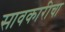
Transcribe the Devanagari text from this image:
सावकारीचा